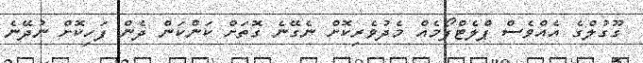
ގޫގުލްގެ އެއްވެސް ޕްލެޓްފޯމެއް މެދުވެރިކޮށް ނެގޭނެ ގޮތަށް ކަންކަން ދެން ފަހިކޮށް ނުދޭނެ